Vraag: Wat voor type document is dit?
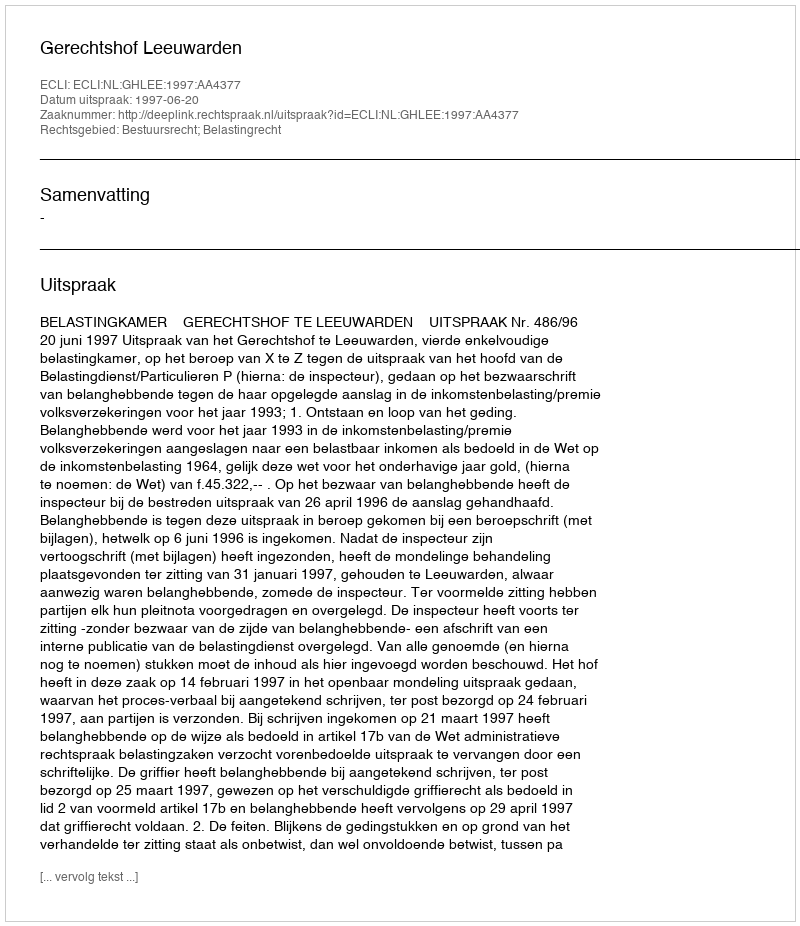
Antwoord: Uitspraak